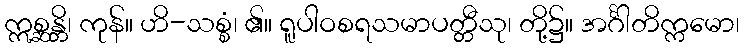
ဣစ္ဆန္တိ၊ ကုန်။ ဟိ-သစ္စံ၊ ၏။ ရူပါဝစရသမာပတ္တီသု၊ တို့၌။ အင်္ဂါတိက္ကမော၊